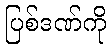
ပြစ်ဒဏ်ကို